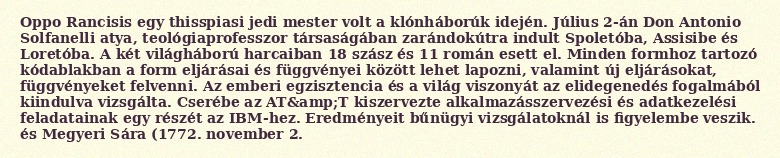
Oppo Rancisis egy thisspiasi jedi mester volt a klónháborúk idején. Július 2-án Don Antonio Solfanelli atya, teológiaprofesszor társaságában zarándokútra indult Spoletóba, Assisibe és Loretóba. A két világháború harcaiban 18 szász és 11 román esett el. Minden formhoz tartozó kódablakban a form eljárásai és függvényei között lehet lapozni, valamint új eljárásokat, függvényeket felvenni. Az emberi egzisztencia és a világ viszonyát az elidegenedés fogalmából kiindulva vizsgálta. Cserébe az AT&amp;T kiszervezte alkalmazásszervezési és adatkezelési feladatainak egy részét az IBM-hez. Eredményeit bűnügyi vizsgálatoknál is figyelembe veszik. és Megyeri Sára (1772. november 2.